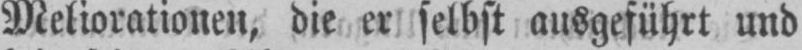
Meliorationen, die er selbst ausgeführt und